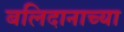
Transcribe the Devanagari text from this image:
बलिदानाच्या